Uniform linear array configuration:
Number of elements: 32
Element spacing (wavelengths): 1
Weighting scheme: hann
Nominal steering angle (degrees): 15
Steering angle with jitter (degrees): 13.65
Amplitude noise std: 0.05
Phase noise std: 0.05

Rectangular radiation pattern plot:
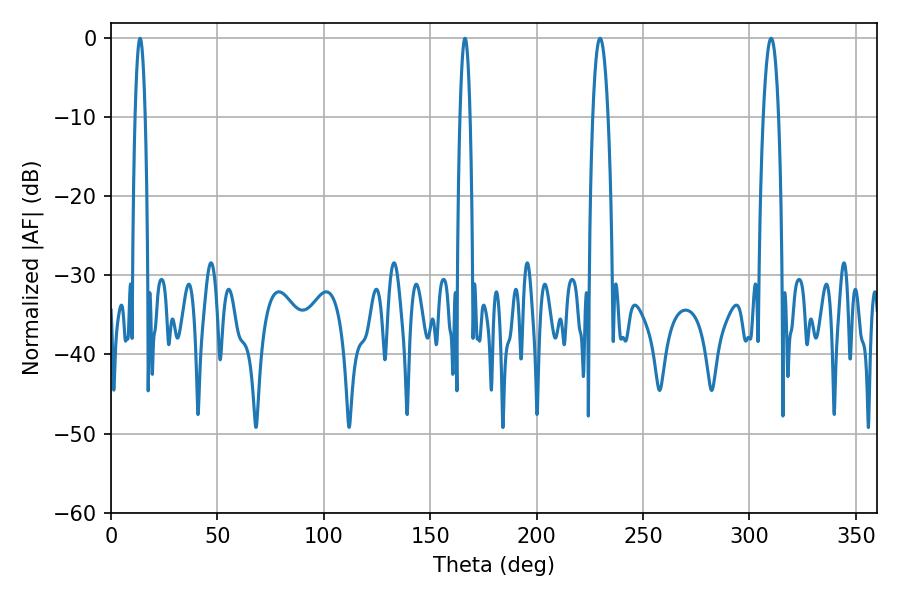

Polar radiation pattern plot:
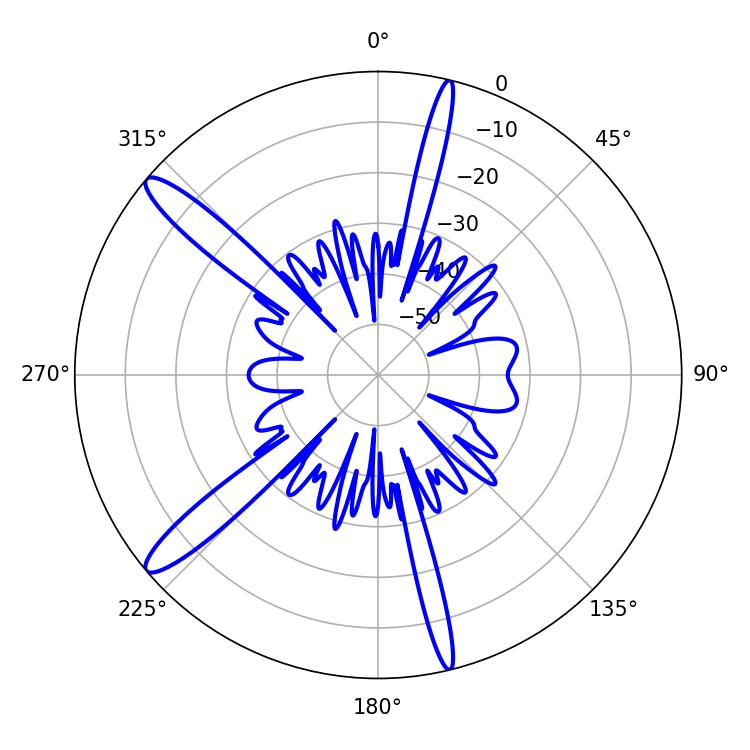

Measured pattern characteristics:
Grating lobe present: TRUE
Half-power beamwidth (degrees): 2.52
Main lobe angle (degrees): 13.68